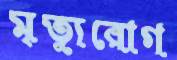
মৃত্যুরোগ